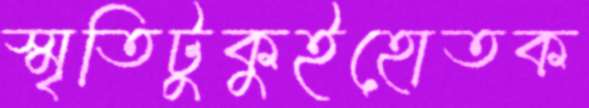
স্মৃতিটুকুইহোতক